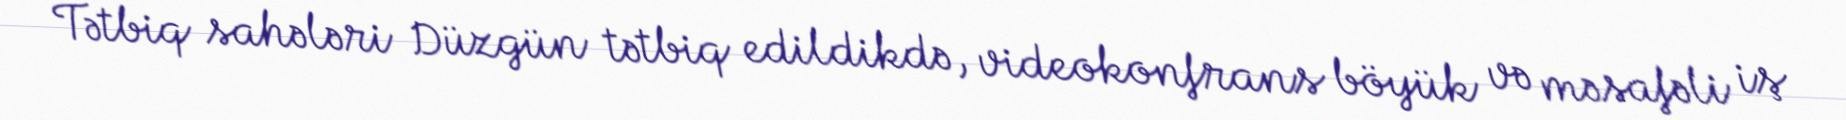
Tətbiq sahələri Düzgün tətbiq edildikdə, videokonfrans böyük və məsafəli iş